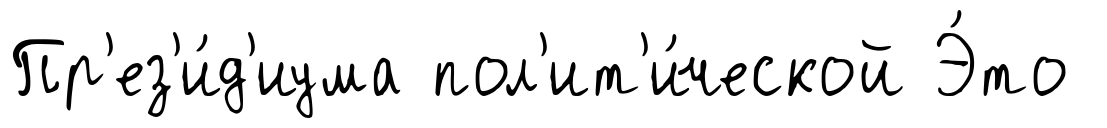
Пр'ез'и́д'иума пол'ит'и́ческой Э́то